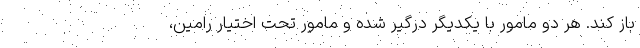
باز کند. هر دو مامور با یکدیگر درگیر شده و مامور تحت اختیار رامین،